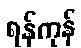
ရန်ကုန်